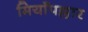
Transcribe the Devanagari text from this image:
मियाँपल्लार